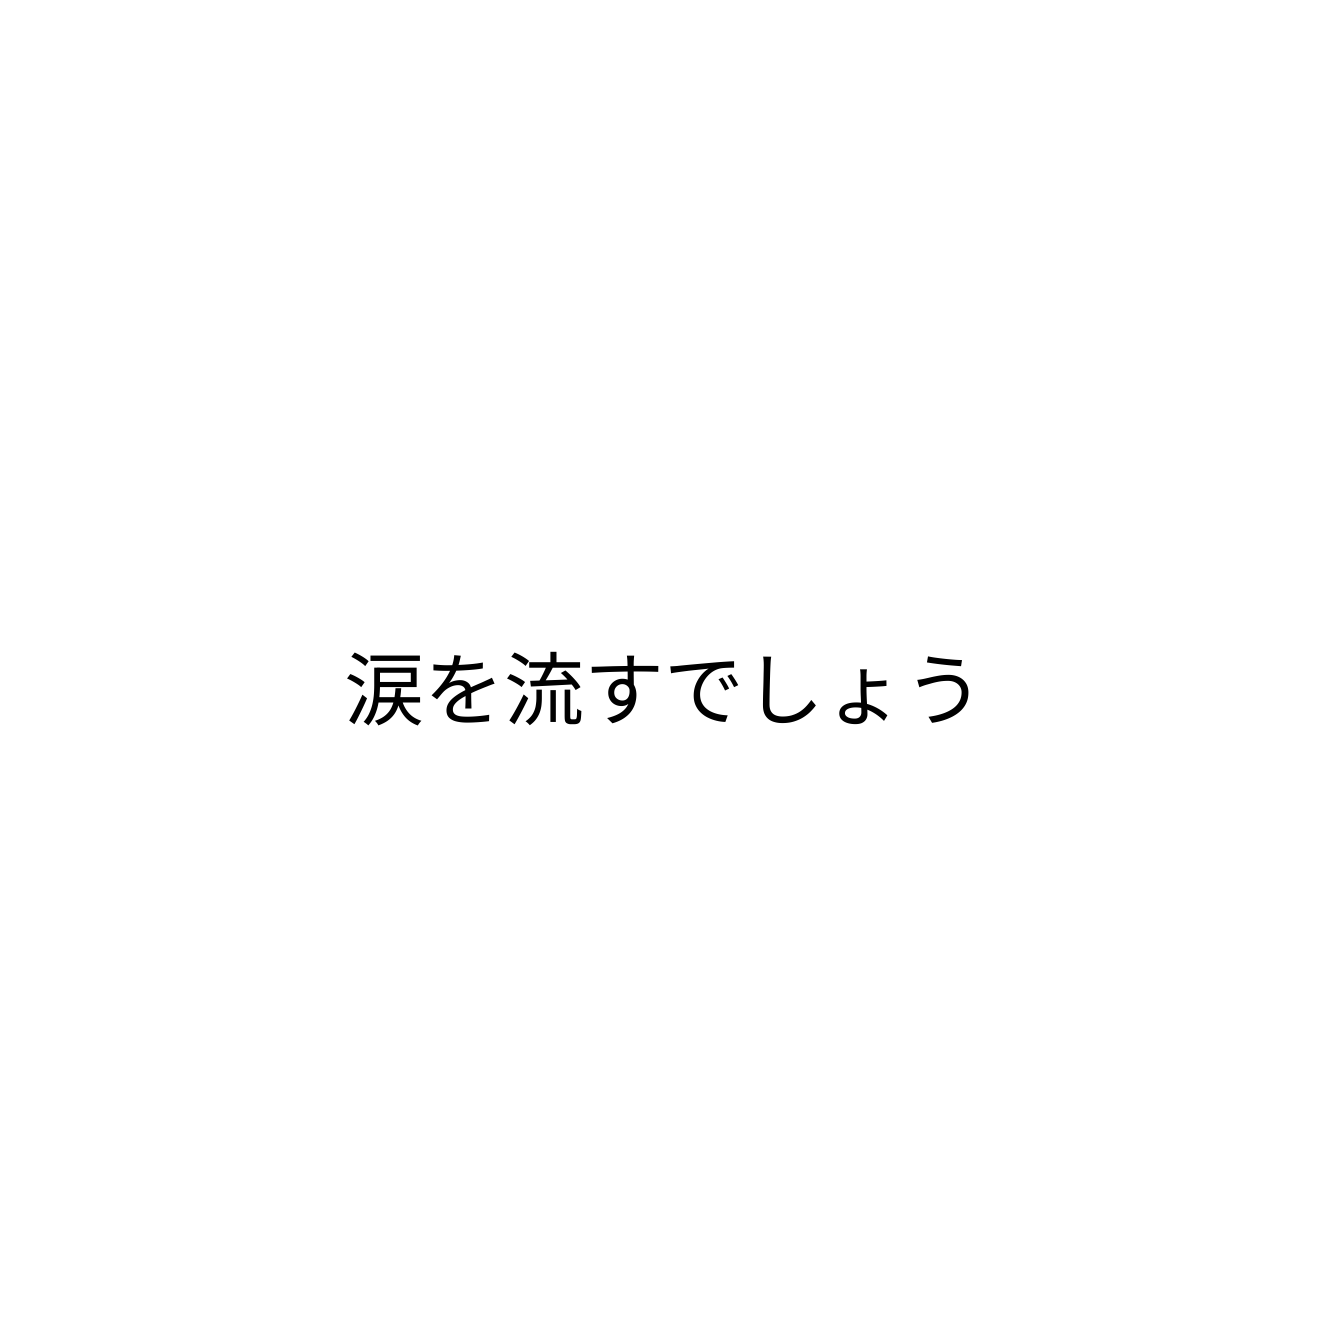
涙を流すでしょう